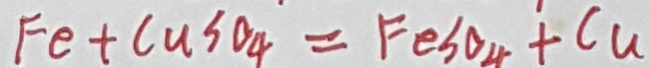
F e + C u S O _ { 4 } = F e S O _ { 4 } + C u